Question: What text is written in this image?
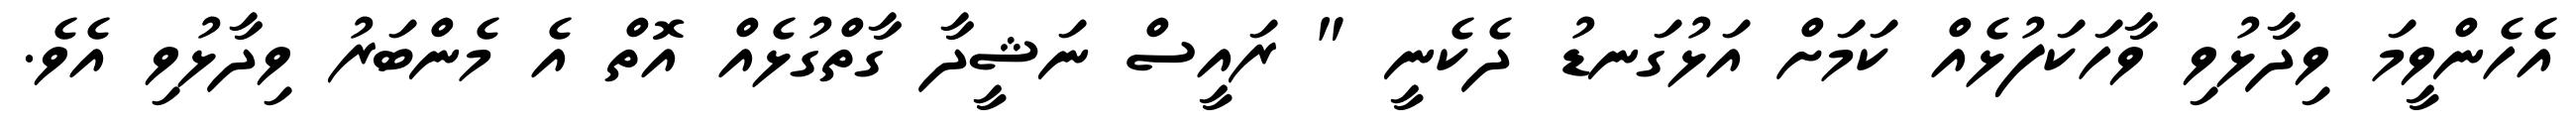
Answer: އެހެންވީމަ ވިދާޅުވި ވާހަކަފުޅެއް ކަމަށް އަޅުގަނޑު ދެކެނީ " ރައީސް ނަޝީދާ ގާތްގުޅެއް އޮތް އެ މެންބަރު ވިދާޅުވި އެވެ.